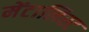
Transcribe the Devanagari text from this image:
मेंटालिस्ट